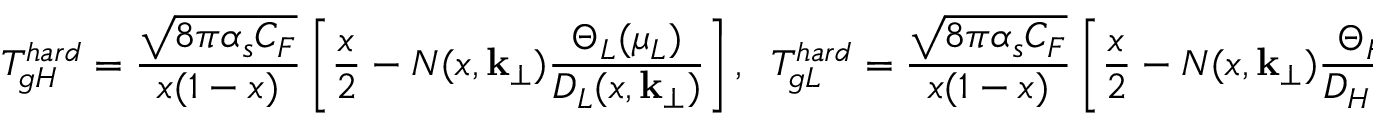
T _ { g H } ^ { h a r d } = { \frac { \sqrt { 8 \pi \alpha _ { s } C _ { F } } } { x ( 1 - x ) } } \left[ { \frac { x } { 2 } } - N ( x , { \bf k } _ { \perp } ) { \frac { \Theta _ { L } ( \mu _ { L } ) } { D _ { L } ( x , { \bf k } _ { \perp } ) } } \right] , \; \; T _ { g L } ^ { h a r d } = { \frac { \sqrt { 8 \pi \alpha _ { s } C _ { F } } } { x ( 1 - x ) } } \left[ { \frac { x } { 2 } } - N ( x , { \bf k } _ { \perp } ) { \frac { \Theta _ { H } ( \mu _ { H } ) } { D _ { H } ( x , { \bf k } _ { \perp } ) } } \right] .